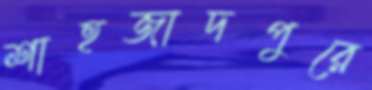
শাহজাদপুরে